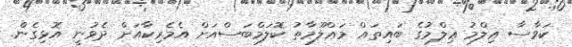
ކަވާސާ ޢިލްމު ޢިލްމުގެ ބައިތައް މަޢްލޫމާތު ކޮލަމްބަސްއަށް އެމެރިކާއަށް ދެވުނީ އޮޅިގެން.